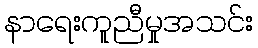
နာရေးကူညီမှုအသင်း